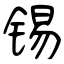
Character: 锡